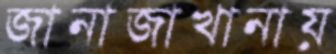
জানাজাখানায়